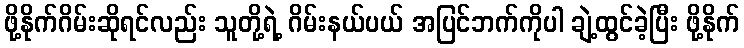
ဖို့နိုက်ဂိမ်းဆိုရင်လည်း သူတို့ရဲ့ ဂိမ်းနယ်ပယ် အပြင်ဘက်ကိုပါ ချဲ့ထွင်ခဲ့ပြီး ဖို့နိုက်